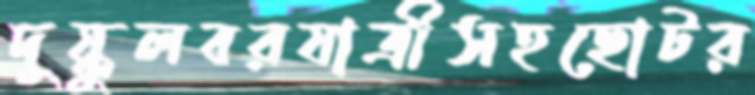
দুষ্কুলবরযাত্রীসহছোটর